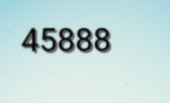
45888